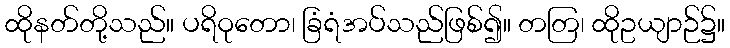
ထိုနတ်တို့သည်။ ပရိဝုတော၊ ခြံရံအပ်သည်ဖြစ်၍။ တတြ၊ ထိုဥယျာဉ်၌။